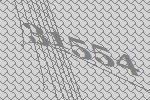
31554